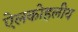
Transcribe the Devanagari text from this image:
ऐलकोहलीय